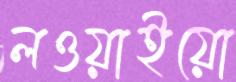
লওয়াইয়ো